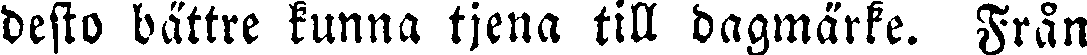
desto bättre kunna tjena till dagmärke. Från